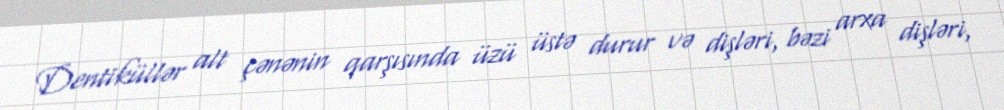
Dentiküllər alt çənənin qarşısında üzü üstə durur və dişləri, bəzi arxa dişləri,